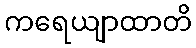
ကရေယျာထာတိ